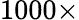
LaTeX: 1000\times